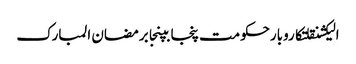
الیکشنقلتکاروبارحکومت پنجابپنجابرمضان المبارک